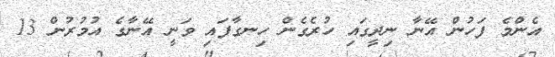
އެންމެ ފަހުން އޭނާ ނިދީގައި ހުރެގެން ހިނގާފައި ވަނީ އޭނާގެ އުމުރުން 13